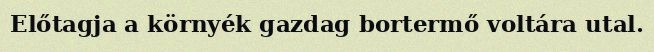
Előtagja a környék gazdag bortermő voltára utal.